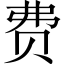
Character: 费